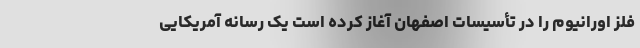
فلز اورانیوم را در تأسیسات اصفهان آغاز کرده است یک رسانه آمریکایی